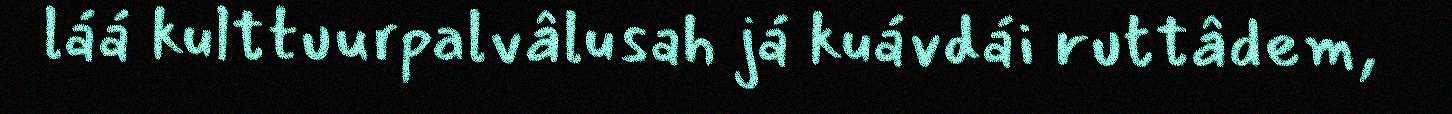
láá kulttuurpalvâlusah já kuávdái ruttâdem,